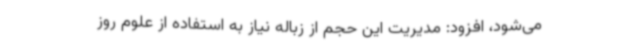
می‌شود، افزود: مدیریت این حجم از زباله نیاز به استفاده از علوم روز